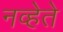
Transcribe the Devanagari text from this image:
नव्हेते